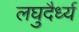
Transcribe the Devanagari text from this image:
लघुदैर्ध्य